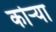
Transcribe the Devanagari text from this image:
कोऱ्‍या